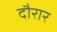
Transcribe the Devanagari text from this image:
दौरार